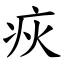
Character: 疢